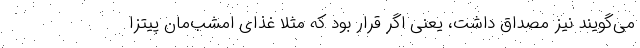
می‌گویند نیز مصداق داشت، یعنی اگر قرار بود که مثلا غذای امشب‌مان پیتزا